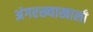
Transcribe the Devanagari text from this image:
अंगरख्याखाली